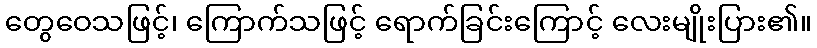
တွေဝေသဖြင့်၊ ကြောက်သဖြင့် ရောက်ခြင်းကြောင့် လေးမျိုးပြား၏။